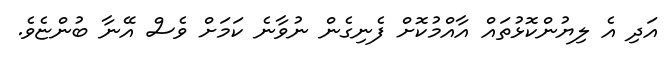
އަދި އެ ލިޔުންކޮޅުތައް އާއްމުކޮށް ފެނިގެން ނުވާނެ ކަމަށް ވެސް އޭނާ ބުންޏެވެ.